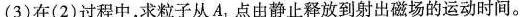
(3)在(2)过程中，求粒子从A_{1}点由静止释放到射出磁场的运动时间。